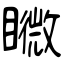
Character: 矀